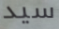
سيد